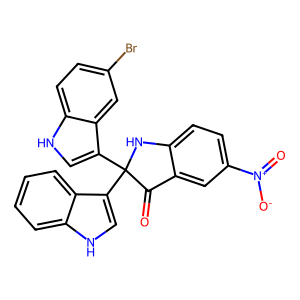
SMILES: O=C1c2cc([N+](=O)[O-])ccc2NC1(c1c[nH]c2ccccc12)c1c[nH]c2ccc(Br)cc12
Inhibits HIV replication: No